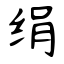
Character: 绢